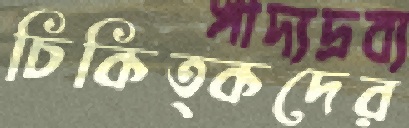
চিকিত্কদের